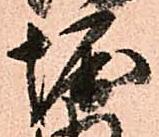
堀